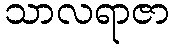
သာလရာဇာ